Report on horse surra - Volume I
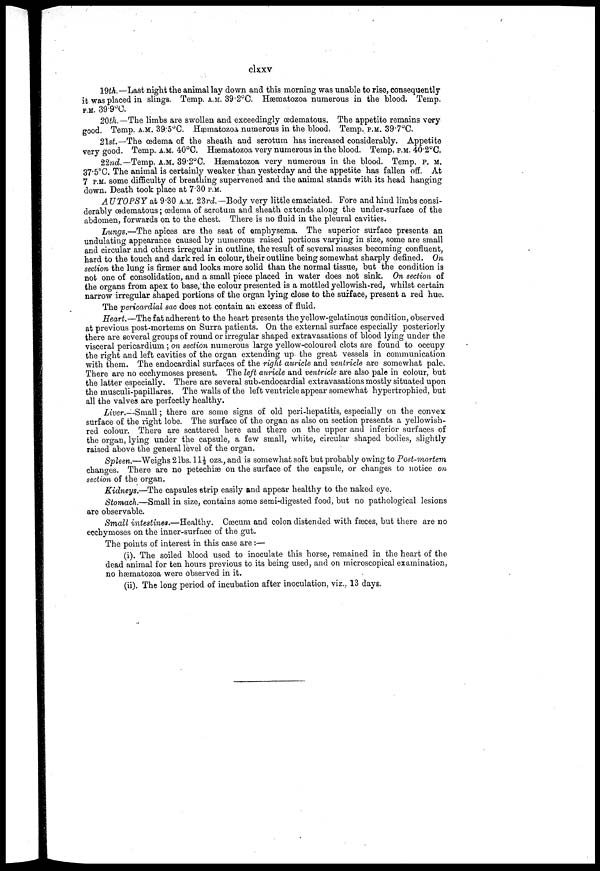
clxxv
19th.—Last night the animal lay down and this morning was unable to rise, consequently
it was placed in slings. Temp. A.M. 39.20C. Hæmatozoa numerous in the blood. Temp.
P.M. 39.9°C.
20th.—The limbs are swollen and exceedingly œdematous. The appetite remains very
good. Temp. A.M. 39.5°C. Hæmatozoa numerous in the blood. Temp. P.M. 39.7°C.
21st.—The oedema of the sheath and scrotum has increased considerably. Appetite
very good. Temp. A.M. 40°C. Hæmatozoa very numerous in the blood. Temp. P.M. 40.2°C.
22nd.— Temp. A.M. 39.2°C. Hæmatozoa very numerous in the blood. Temp. p. m.
37.5°C. The animal is certainly weaker than yesterday and the appetite has fallen off. At
7 P.M. some difficulty of breathing supervened and the animal stands with its head hanging
down. Death took place at 7.30 P.M.
AUTOPSY at 9.30 A.M. 23rd.—Body very little emaciated. Fore and hind limbs consi-
derably œdematous; oedema of scrotum and sheath extends along the under-surface of the
abdomen, forwards on to the chest. There is no fluid in the pleural cavities.
Lungs.—The apices are the seat of emphysema. The superior surface presents an
undulating appearance caused by numerous raised portions varying in size, some are small
and circular and others irregular in outline, the result of several masses becoming confluent,
hard to the touch and dark red in colour, their outline being somewhat sharply defined. On
section the lung is firmer and looks more solid than the normal tissue, but the condition is
not one of consolidation, and a small piece placed in water does not sink. On section of
the organs from apex to base,the colour presented is a mottled yellowish-red, whilst certain
narrow irregular shaped portions of the organ lying close to the surface, present a red hue.
The pericardial sac does not contain an excess of fluid.
Heart,—The fat adherent to the heart presents the yellow-gelatinous condition, observed
at previous post-mortems on Surra patients. On the external surface especially posteriorly
there are several groups of round or irregular shaped extravasations of blood lying under the
visceral pericardium; on section numerous large yellow-coloured clots are found to occupy
the right and left cavities of the organ extending up the great vessels in communication
with them. The endocardial surfaces of the right auricle and ventricle are somewhat pale.
There are no ecchymoses present. The left auricle and ventricle are also pale in colour, but
the latter especially. There are several sub-endocardial extravasations mostly situated upon
the musculi-papillares. The walls of the left ventricle appear somewhat hypertrophied, but
all the valves are perfectly healthy.
Liver.—Small; there are some signs of old peri-hepatitis, especially on the convex
surface of the right lobe. The surface of the organ as also on section presents a yellowish-
red colour. There are scattered here and there on the upper and inferior surfaces of
the organ, lying under the capsule, a few small, white, circular shaped bodies, slightly
raised above the general level of the organ.
Spleen.—Weighs 2lbs. 11 1/2 ozs., and is somewhat soft but probably owing to Post-mortem.
changes. There are no petechias on the surface of the capsule, or changes to notice on
section of the organ.
Kidneys.—The capsules strip easily and appear healthy to the naked eye.
Stomach.—Small in size, contains some semi-digested food, but no pathological lesions
are observable.
Small intestines.—Healthy. Cæcum and colon distended with fasces, but there are no
ecchymoses on the inner-surface of the gut.
The points of interest in this case are:—
(i). The soiled blood used to inoculate this horse, remained in the heart of the
dead animal for ten hours previous to its being used, and on microscopical examination,
no hæmatozoa were observed in it.
(ii). The long period of incubation after inoculation, viz.. 13 days.